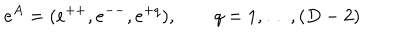
e ^ { A } = ( e ^ { + + } , e ^ { -- } , e ^ { + q } ) , \qquad q = 1 , \ldots , ( D - 2 )